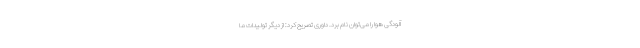
آلودگی هوا را می‌توان نام برد. داوری تصریح کرد: از دیگر تولیدات ما